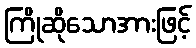
ကြိုဆိုသောအားဖြင့်